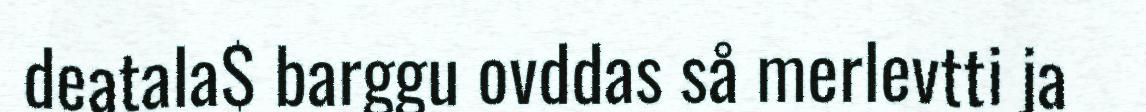
deatala$ barggu ovddas så merlevtti ja